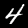
Label: 4